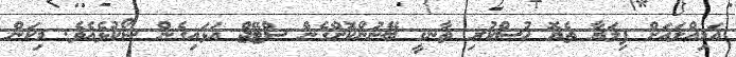
އަމިއްލައަށް ފިލަޔާ ތެޔޮ ހުސްކުރި ތާނގީ ބޭނުންކޮށްގެން ސްޓޭޖް އަޅައިގެން ޝޯކުޅެއެވެ. މިކަން